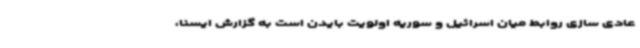
عادی سازی روابط میان اسرائیل و سوریه اولویت بایدن است به گزارش ایسنا،